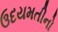
ઉદયમતીનો